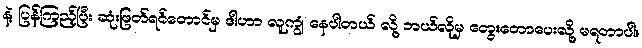
နဲ့ ပြန်ကြည့်ပြီး ဆုံးဖြတ်ရင်တောင်မှ ဒါဟာ လူကျွံ နေပါတယ် လို့ ဘယ်လိုမှ တွေးတောပေးလို့ မရတာပါ။